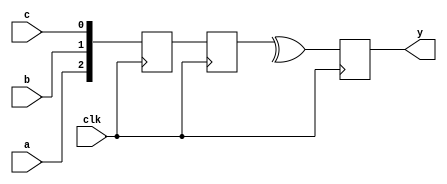
module test(input clk, a, b, c,
            output reg y);

	reg [2:0] q1, q2;
	always @(posedge clk) begin
		q1 <= { a, b, c };
		q2 <= q1;
		y <= ^q2;
	end
endmodule